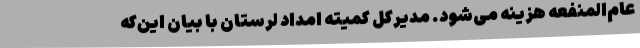
عام‌المنفعه هزینه می‌شود. مدیرکل کمیته امداد لرستان با بیان این‌که